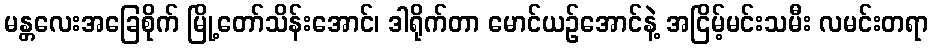
မန္တလေးအခြေစိုက် မြို့တော်သိန်းအောင်၊ ဒါရိုက်တာ မောင်ယဉ်အောင်နဲ့ အငြိမ့်မင်းသမီး လမင်းတရာ